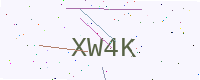
Text: XW4K